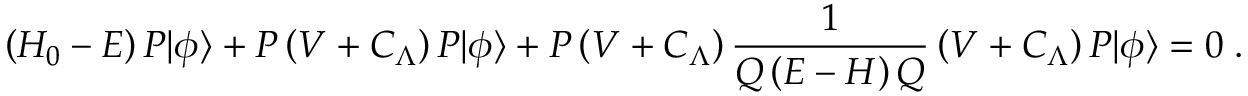
\left( H _ { 0 } - E \right) { \cal P } | \phi \rangle + { \cal P } \left( V + C _ { \Lambda } \right) { \cal P } | \phi \rangle + { \cal P } \left( V + C _ { \Lambda } \right) { \frac { 1 } { { \cal Q } \left( E - H \right) { \cal Q } } } \left( V + C _ { \Lambda } \right) { \cal P } | \phi \rangle = 0 \; .